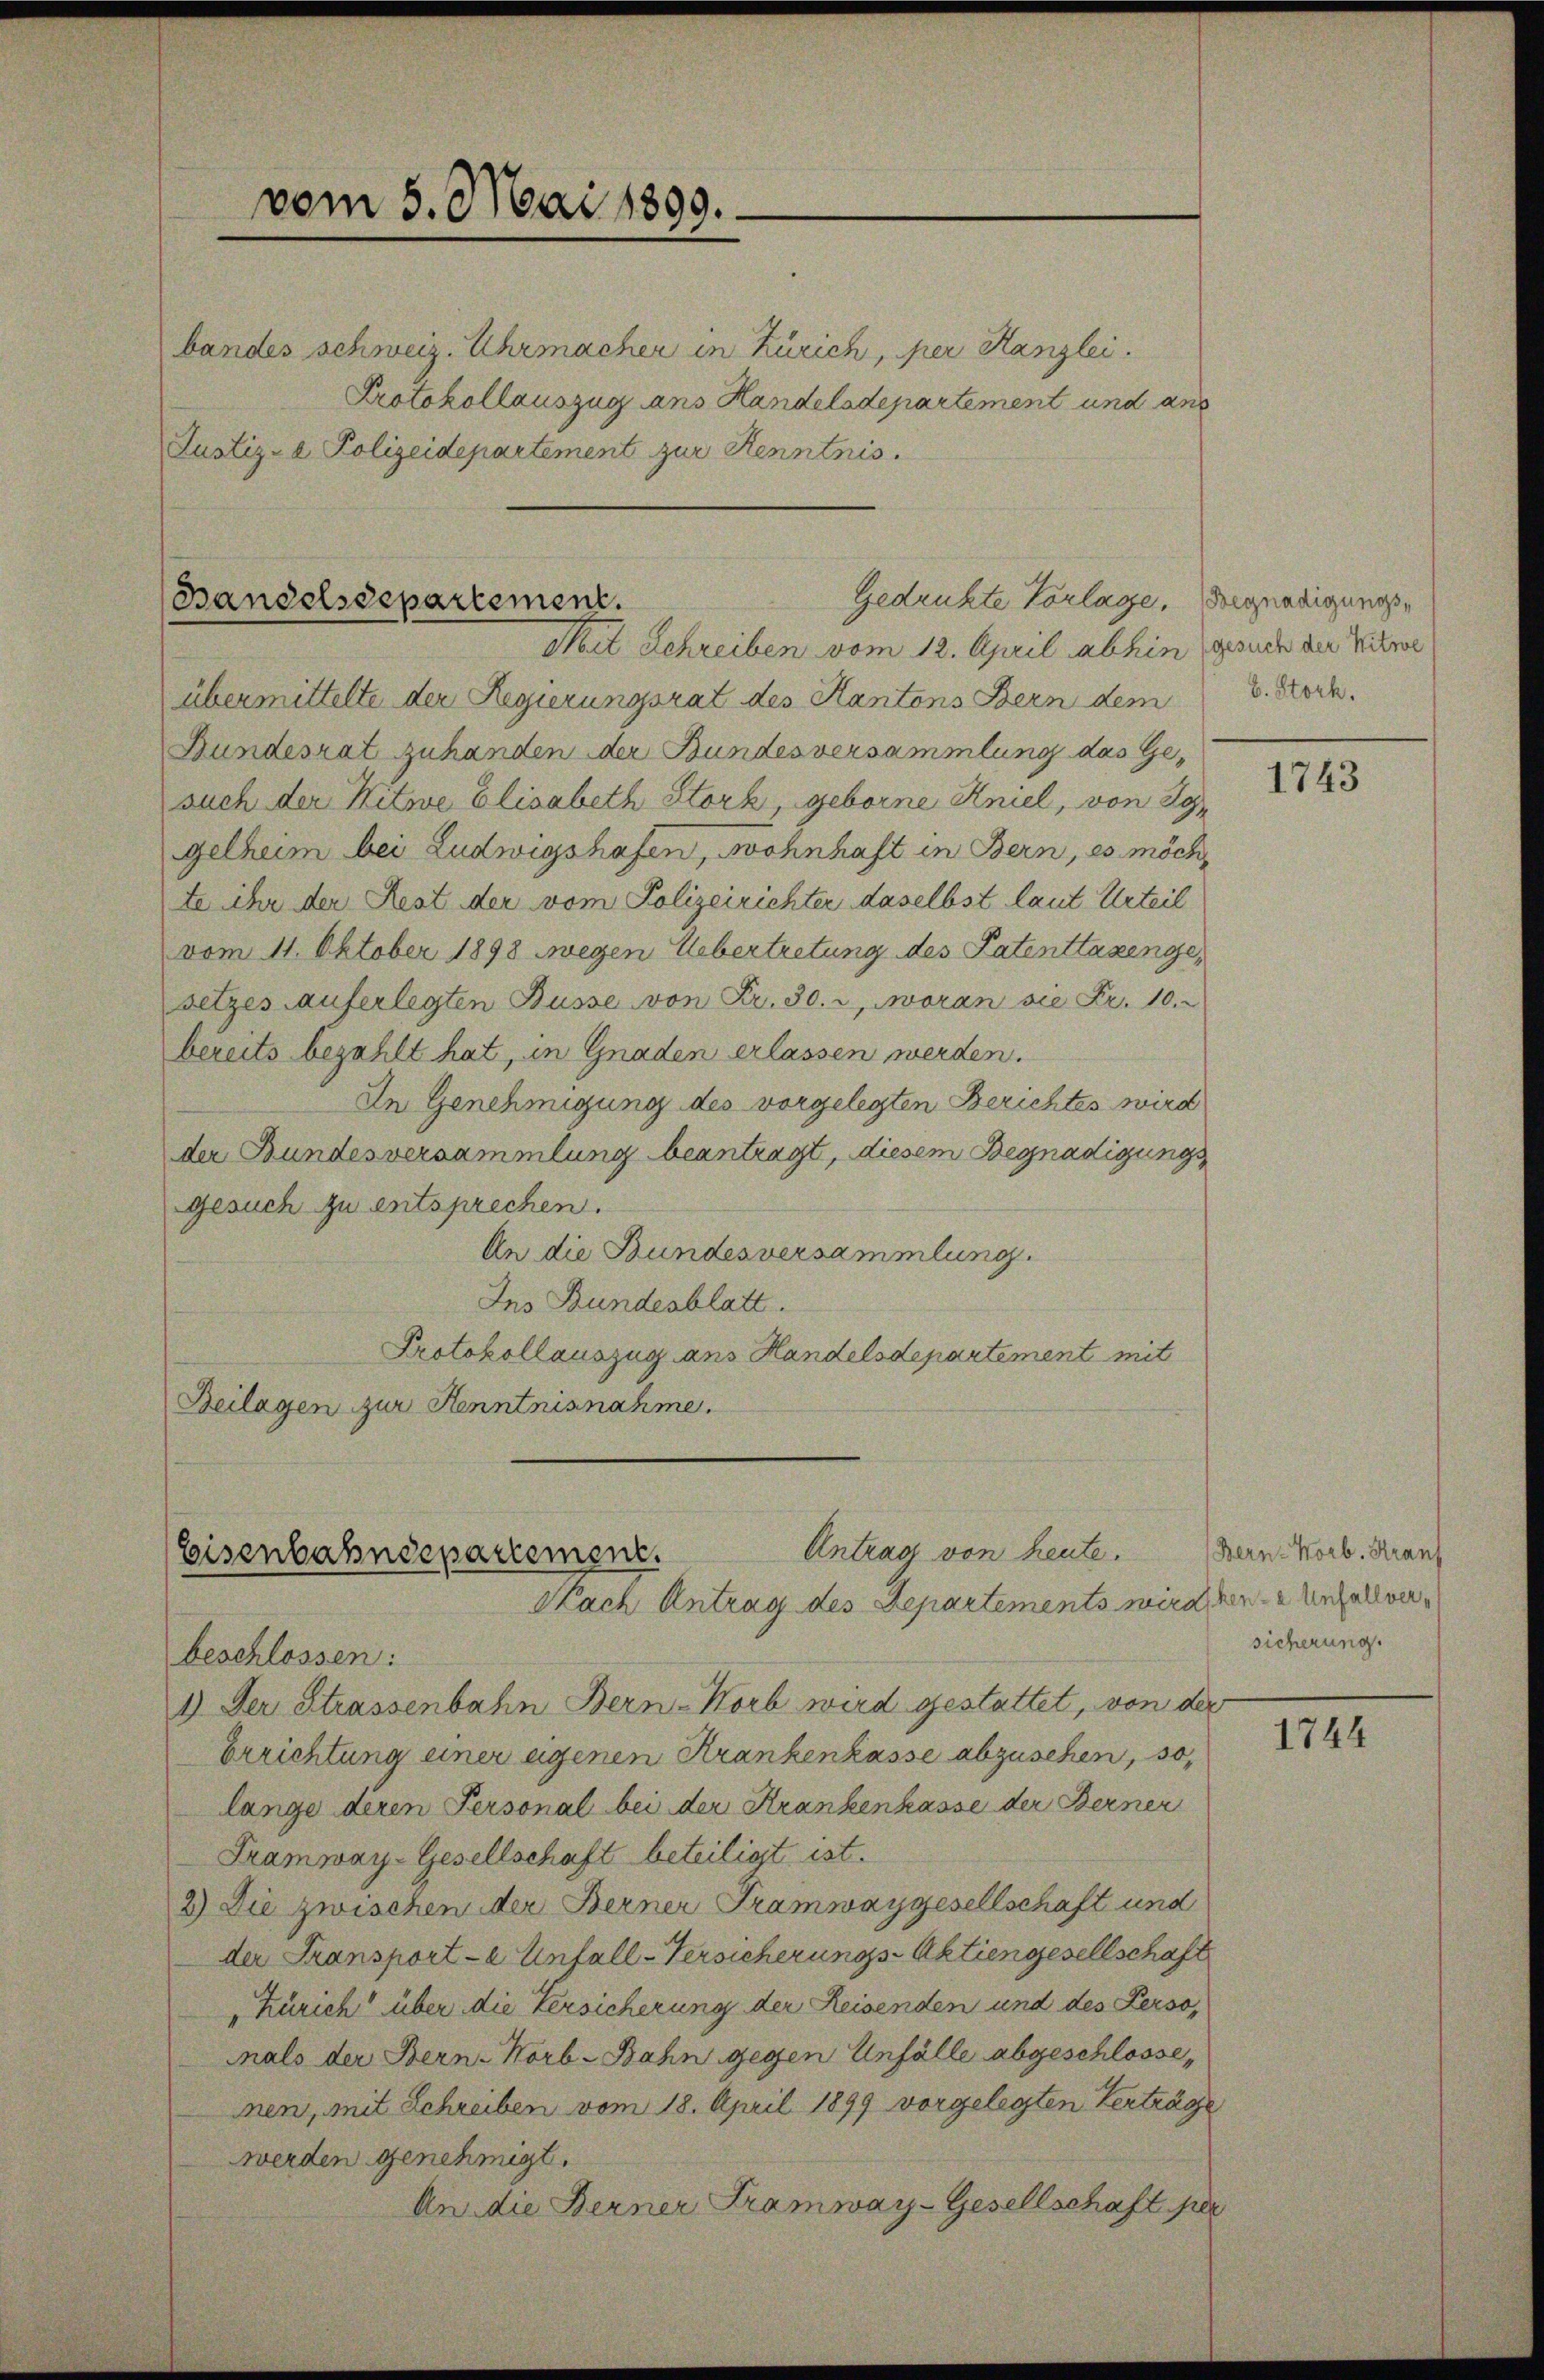
bandes schweiz. Uhrmacher in Zürich, per Kanzlei.
Protokollauszug ans Handeladepartement und ans
Justiz- & Polizeidepartement zur Kenntnis.

vom 5. Mai 1899.

Gedrukte Vorlage, Begnadigungs¬
Bandelsdepartement.
Mit Schreiben vom 12. April abhin gesuch der Witwe

Antrag von heute.
Eisenbahndepartement.
Nach Antrag des Departements wird den Unfallver¬

übermittelte der Regierungsrat des Kantons Bern dem
Bundesrat zuhanden der Bundesversammlung das Gesuch der Kitwe Elisabeth Stork, geborne Kniel, von Sogelheim bei Ludwigshafen, wohnhaft in Bern, es möch
te ihr der Rest der vom Polizeirichter daselbst laut Urteil
vom 11. Oktober 1898 wegen Uebertretung des Patenttaxengesetzes auferlegten Busse von Fr. 30. 2, woran sie Fr. 10.
bereits bezahlt hat, in Gnaden erlassen werden.
In Genehmigung des vorgelegten Berichtes wird
der Bundesversammlung beantragt, diesem Begnadigungs
gesuch zu entsprechen.
An die Bundesversammlung.
Ins Bundesblatt.
Protokollauszug ans Handelsdepartement mit
Beilagen zur Kenntnisnahme.

beschlossen:
1.) Der Strassenbahn Bern-Worb wird gestattet, von der
Errichtung einer eigenen Krankenkasse abzusehen, so,
lange deren Personal bei der Krankenkasse der Berner
Tramway-Gesellschaft beteiligt ist.
2) Die zwischen der Berner Tramwaygesellschaft und
der Transporte Unfall-Versicherungs-Aktiengesellschaft
„Zürich über die Versicherung der Reisenden und des Perso
nals der Bern-Norb-Bahn gegen Unfälle abgeschlossenen, mit Schreiben vom 18. April 1899 vorgelegten Verträge
werden genehmigt.
An die Berner Tramway-Gesellschaft per

b. Storh.

1743

Bern- Korb. Kranf
sicherung.

1744